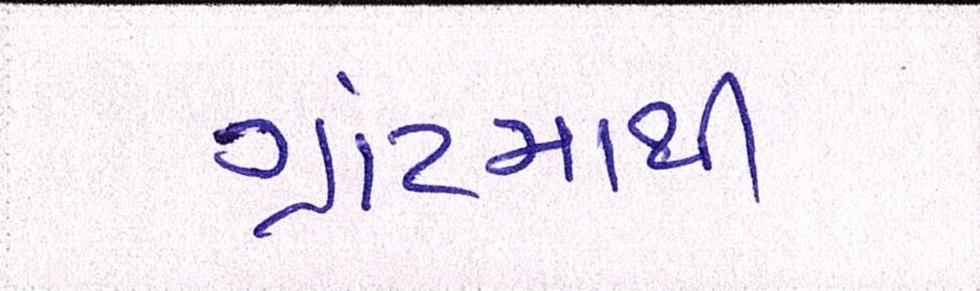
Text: ગ્રાંટમાથી